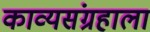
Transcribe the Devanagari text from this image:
काव्यसंग्रहाला